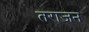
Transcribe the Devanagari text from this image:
तराजन